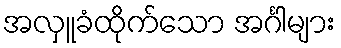
အလှူခံထိုက်သော အင်္ဂါများ